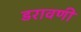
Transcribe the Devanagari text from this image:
डरावणी